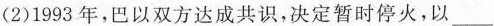
（2)1993年，巴以双方达成共识，决定暂时停火，以\underline